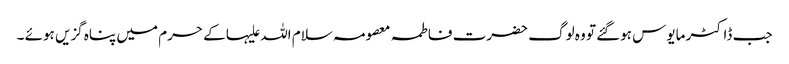
جب ڈاکٹر مایوس ہوگئے تو وہ لوگ حضرت فاطمہ معصومہ سلام اللہ علیہا کے حرم میں پناہ گزیں ہوئے ۔